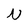
Character: N